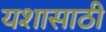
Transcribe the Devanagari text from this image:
यशासाठी